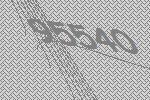
95540